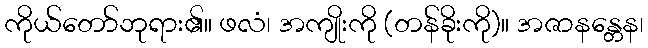
ကိုယ်တော်ဘုရား၏။ ဖလံ၊ အကျိုးကို (တန်ခိုးကို)။ အဇာနန္တေန၊